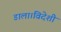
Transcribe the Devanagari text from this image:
डाला।विदेशी